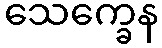
သေက္ခေန